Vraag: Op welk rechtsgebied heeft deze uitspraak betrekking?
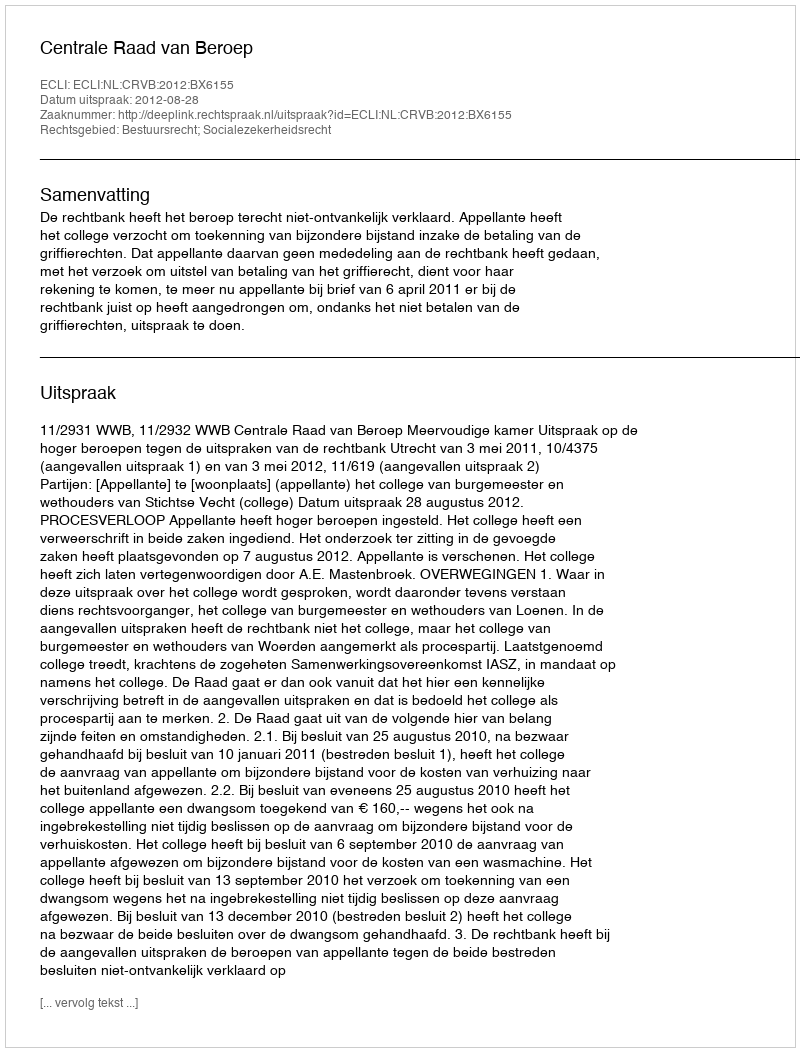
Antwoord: Bestuursrecht; Socialezekerheidsrecht